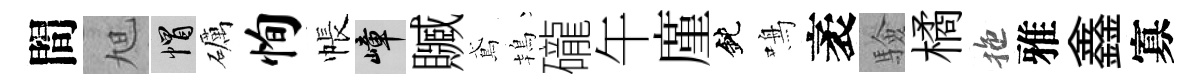
間旭帽礪恂帳嶂贓鳶鴇礲午廑鈍鳴袤驗橘拖雅鑫寡